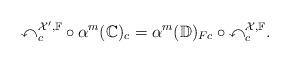
LaTeX: \begin{align*}\mathbb{x}_c^{\mathcal{X}',\mathbb{F}}\circ \alpha^{m}(\mathbb{C})_c=\alpha^m(\mathbb{D})_{Fc}\circ\mathbb{x}^{\mathcal{X},\mathbb{F}}_c.\end{align*}